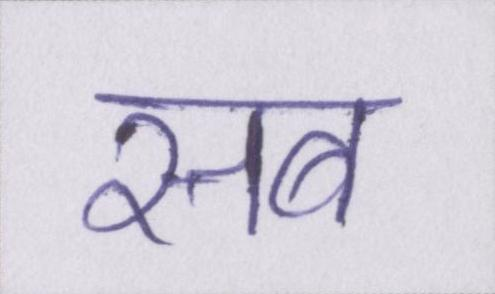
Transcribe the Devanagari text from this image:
सब